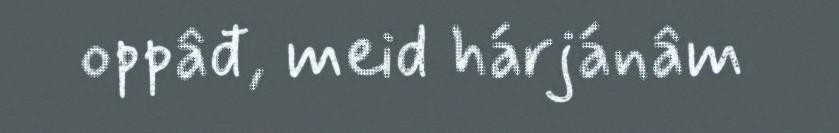
oppâđ, meid hárjánâm